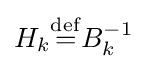
H_{k}{\overset {\operatorname {def} }{=}}B_{k}^{-1}